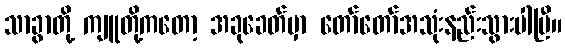
သာခွာတို့ ကျူတို့ကတော့ အခုခေတ်မှာ တော်တော်အသုံးနည်းသွားပါပြီ။